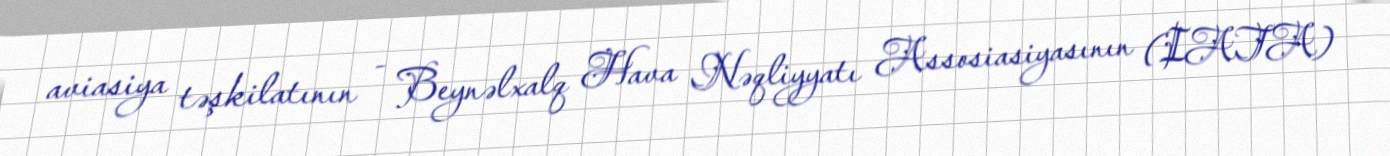
aviasiya təşkilatının - Beynəlxalq Hava Nəqliyyatı Assosiasiyasının (IATA)